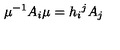
\mu ^ { - 1 } A _ { i } \mu = h _ { i } { } ^ { j } A _ { j }